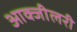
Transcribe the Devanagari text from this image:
आक्जीलरी